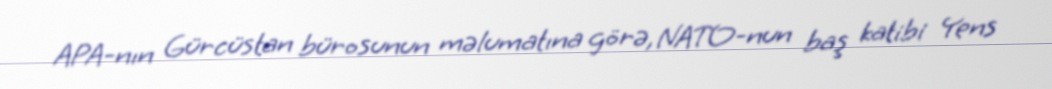
APA-nın Gürcüstan bürosunun məlumatına görə, NATO-nun baş katibi Yens